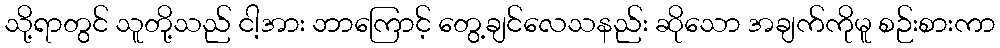
သို့ရာတွင် သူတို့သည် ငါ့အား ဘာကြောင့် တွေ့ချင်လေသနည်း ဆိုသော အချက်ကိုမူ စဉ်းစားကာ